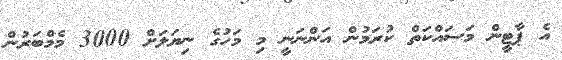
އެ ޕާޓީން މަސައްކަތް ކުރަމުން އަންނަނީ މި މަހުގެ ނިޔަލަށް 3000 މެމްބަރުން